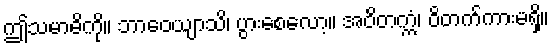
ဤသမာဓိကို။ ဘာဝေယျာသိ၊ ပွားစေလော့။ အဝိတက္ကံ၊ ဝိတက်ကားမရှိ။